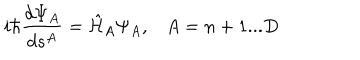
LaTeX: i \hbar \frac { d \Psi _ { A } } { d s ^ { A } } = \hat { \cal H } _ { A } \Psi _ { A } , A = n + 1 . . . D